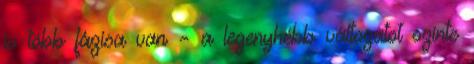
is több fázisa van – a legenyhébb változatot szinte